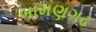
બામણગઢ